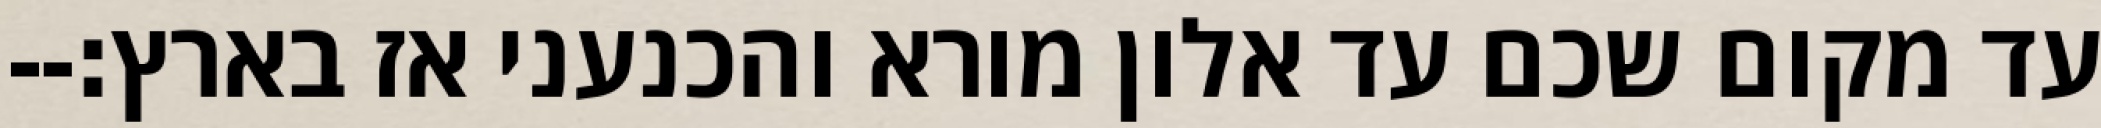
עד מקום שכם עד אלון מורא והכנעני אז בארץ׃--